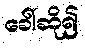
ခေါ်ဆို၍